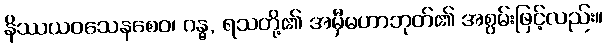
နိဿယဝသေနစေဝ၊ ဂန္ဓ, ရသတို့၏ အမှီမဟာဘုတ်၏ အစွမ်းဖြင့်လည်း။